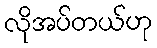
လိုအပ်တယ်ဟု